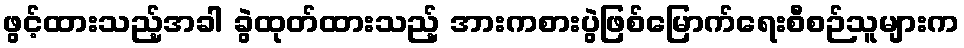
ဖွင့်ထားသည့်အခါ ခွဲထုတ်ထားသည့် အားကစားပွဲဖြစ်မြောက်ရေးစီစဉ်သူများက